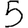
Digit: 5